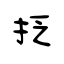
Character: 抸